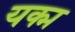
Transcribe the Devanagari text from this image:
यक्म